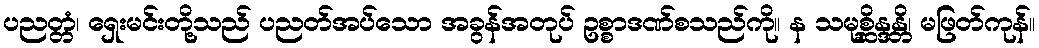
ပညတ္တံ၊ ရှေးမင်းတို့သည် ပညတ်အပ်သော အခွန်အတုပ် ဥစ္စာဒဏ်စသည်ကို။ န သမုစ္ဆိန္ဒန္တိ၊ မဖြတ်ကုန်။